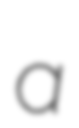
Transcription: a